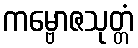
ကမ္ဗောဇသုတ္တံ